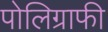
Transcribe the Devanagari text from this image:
पोलिग्राफी